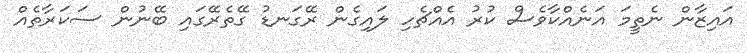
އައިޒާން ނެތީމަ އަނެއްކާވެސް ކުރު އެއްޗެހި ލައިގެން ރޭގަނޑު ގޭތެރޭގައި ބޭނުން ސަކަރާތެއް